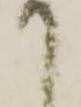
て